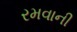
રમવાની